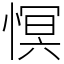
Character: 慏